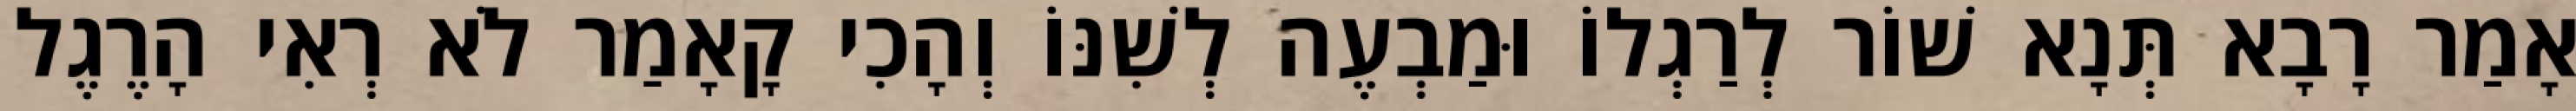
אָמַר רָבָא תְּנָא שׁוֹר לְרַגְלוֹ וּמַבְעֶה לְשִׁנּוֹ וְהָכִי קָאָמַר לֹא רְאִי הָרֶגֶל